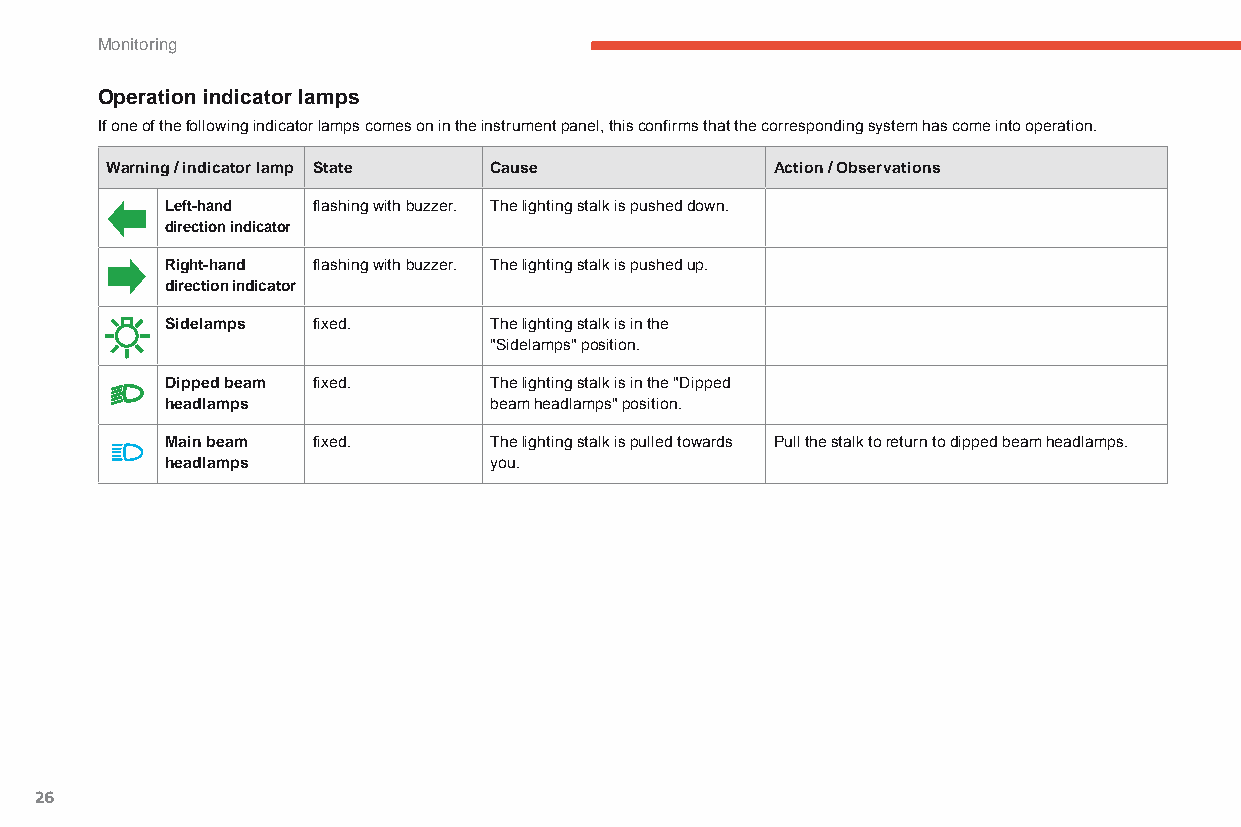
Monitoring
 Operation indicator lamps
 If one of the following indicator lamps comes on in the instrument panel, this confirms that the corresponding system has come into operation.
 Warning / indicator lamp State Cause        Action / Observations
 Left-hand flashing with buzzer. The lighting stalk is pushed down.
 direction indicator
 Right-hand flashing with buzzer. The lighting stalk is pushed up.
 direction indicator
 Sidelamps fixed.     The lighting stalk is in the
 "Sidelamps" position.
 Dipped beam fixed.   The lighting stalk is in the "Dipped
 headlamps            beam headlamps" position.
 Main beam fixed.     The lighting stalk is pulled towards Pull the stalk to return to dipped beam headlamps.
 headlamps            you.
 26